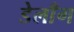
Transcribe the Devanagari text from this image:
डेलाँग